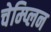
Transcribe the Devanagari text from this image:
चेम्प्लिन